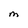
Character: M